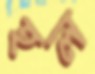
হল